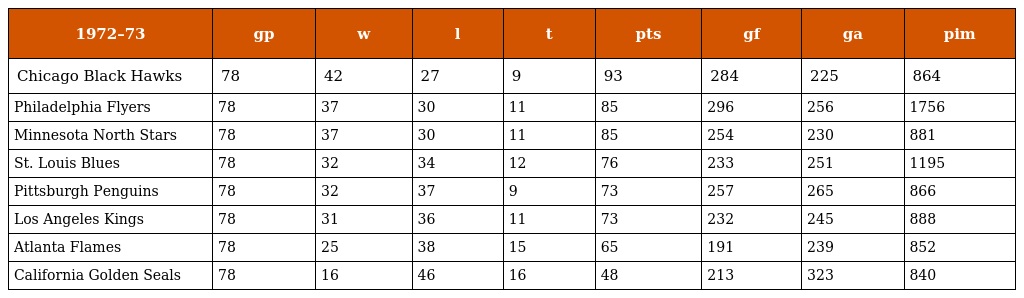
| 1972–73 | gp | w | l | t | pts | gf | ga | pim |
 | --- | --- | --- | --- | --- | --- | --- | --- | --- |
 | Chicago Black Hawks | 78 | 42 | 27 | 9 | 93 | 284 | 225 | 864 |
 | Philadelphia Flyers | 78 | 37 | 30 | 11 | 85 | 296 | 256 | 1756 |
 | Minnesota North Stars | 78 | 37 | 30 | 11 | 85 | 254 | 230 | 881 |
 | St. Louis Blues | 78 | 32 | 34 | 12 | 76 | 233 | 251 | 1195 |
 | Pittsburgh Penguins | 78 | 32 | 37 | 9 | 73 | 257 | 265 | 866 |
 | Los Angeles Kings | 78 | 31 | 36 | 11 | 73 | 232 | 245 | 888 |
 | Atlanta Flames | 78 | 25 | 38 | 15 | 65 | 191 | 239 | 852 |
 | California Golden Seals | 78 | 16 | 46 | 16 | 48 | 213 | 323 | 840 |